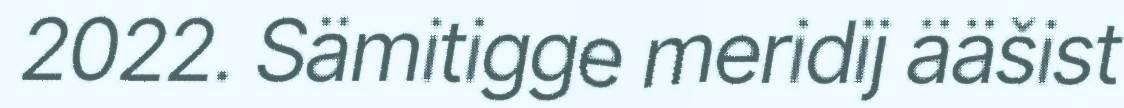
2022. Sämitigge meridij ääšist